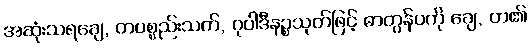
အဆုံးသရချေ, တပစ္စည်းသက်, ဂုပါဒီနဉ္စသုတ်ဖြင့် ဓာတွန်ပကို ချေ, တ၏